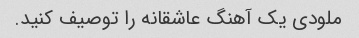
ملودی یک آهنگ عاشقانه را توصیف کنید.